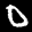
Digit: 0